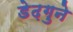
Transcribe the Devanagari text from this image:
डेढ़गुने